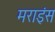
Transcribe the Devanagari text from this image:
मराइंस